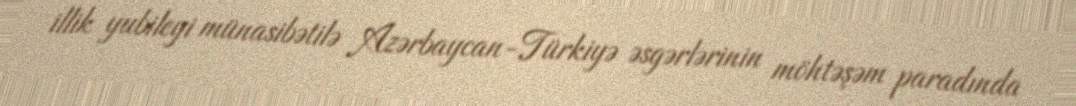
illik yubileyi münasibətilə Azərbaycan-Türkiyə əsgərlərinin möhtəşəm paradında